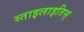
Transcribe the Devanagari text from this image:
स्ताइलाइतिस्